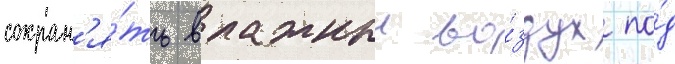
сохран'я́ть влажныи во́здух по́д